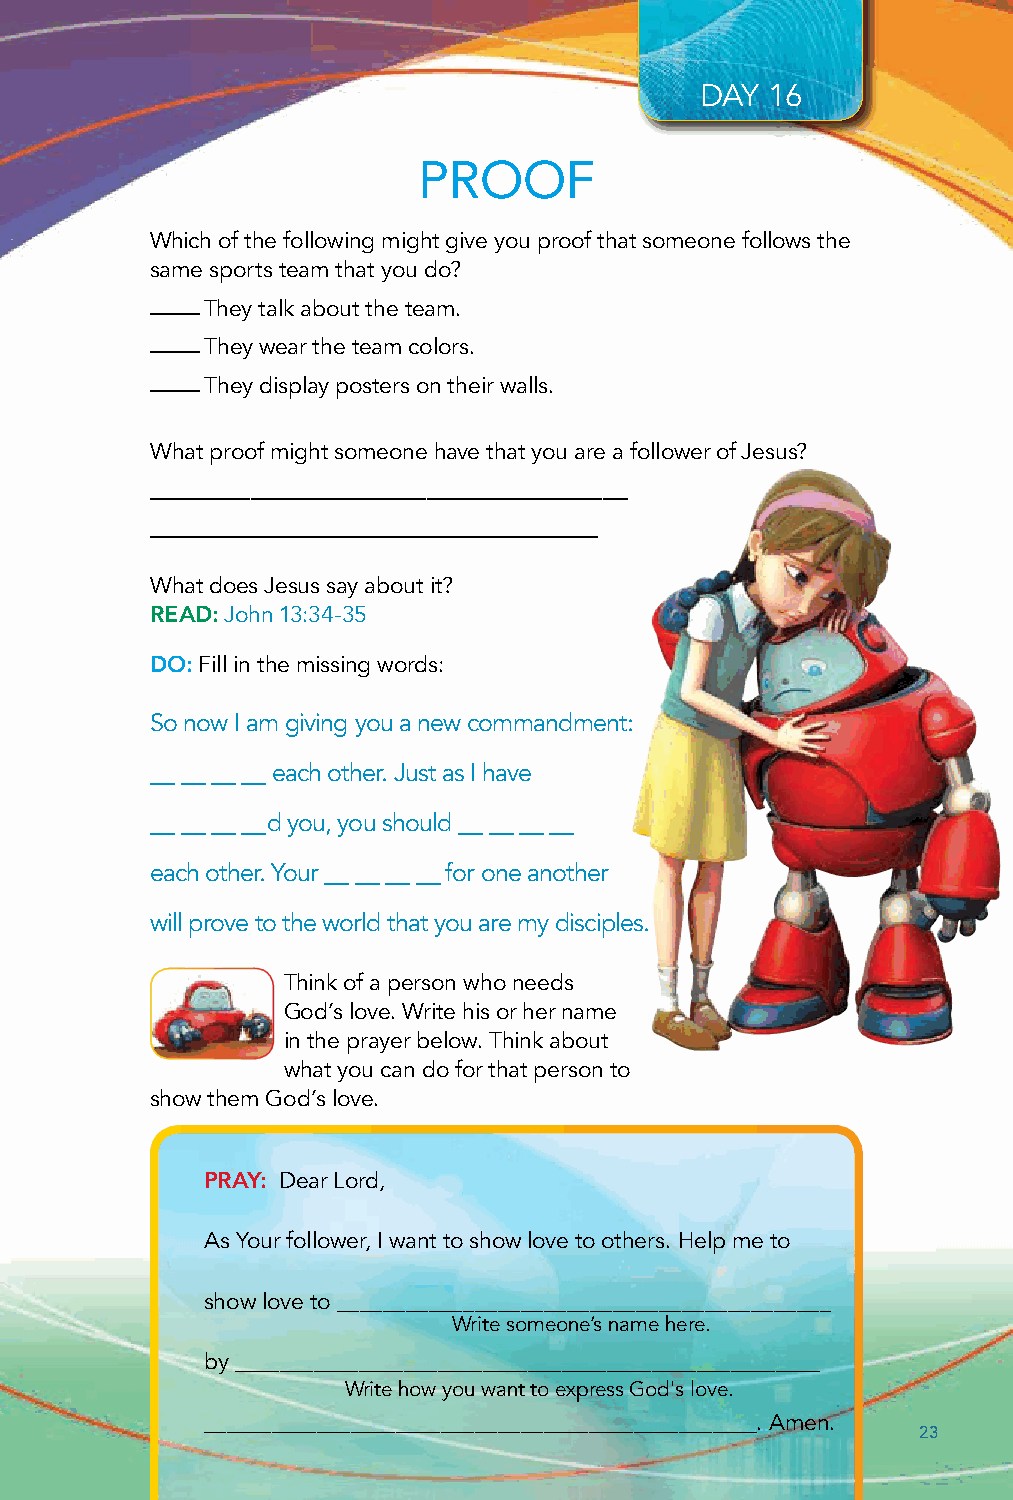
DAY  16
 PROOF
 Which of the following might give you proof that someone follows the
 same sports team that you do?
 ——  They talk about the team.
 ——  They wear the team colors.
 ——  They display posters on their walls.
 What proof might someone have that you are a follower of Jesus?
 ———————————————————
 ——————————————————
 What does Jesus say about it?
 READ: John 13:34-35
 DO: Fill in the missing words:
 So now I am giving you a new commandment:
 each other. Just as I have
 ————
 d you, you should
 ————                ————
 each other. Your    for one another
 ————
 will prove to the world that you are my disciples.
 Think of a person who needs
 God’s love. Write his or her name
 in the prayer below. Think about
 what you can do for that person to
 show them God’s love.
 PRAY: Dear Lord,
 As Your follower, I want to show love to others. Help me to
 show love to ___________________________________________
 Write someone’s name here.
 by ____________________________________________________
 Write how you want to express God's love.
 _________________________________________________. Amen.
 23